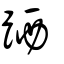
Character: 跴